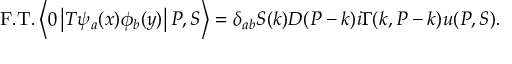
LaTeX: \mathrm { F . T . } \left\langle 0 \left| T \psi _ { a } ( x ) \phi _ { b } ( y ) \right| P , S \right\rangle = \delta _ { a b } S ( k ) D ( P - k ) i \Gamma ( k , P - k ) u ( P , S ) .